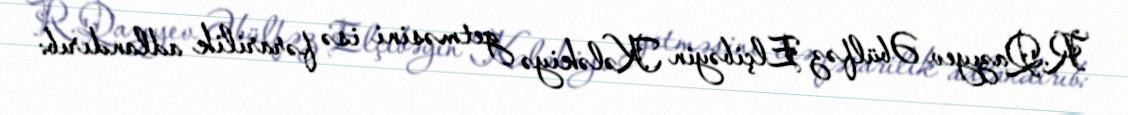
R.Qazıyev Əbülfəz Elçibəyin Kələkiyə getməsini isə fərarilik adlandırıb: